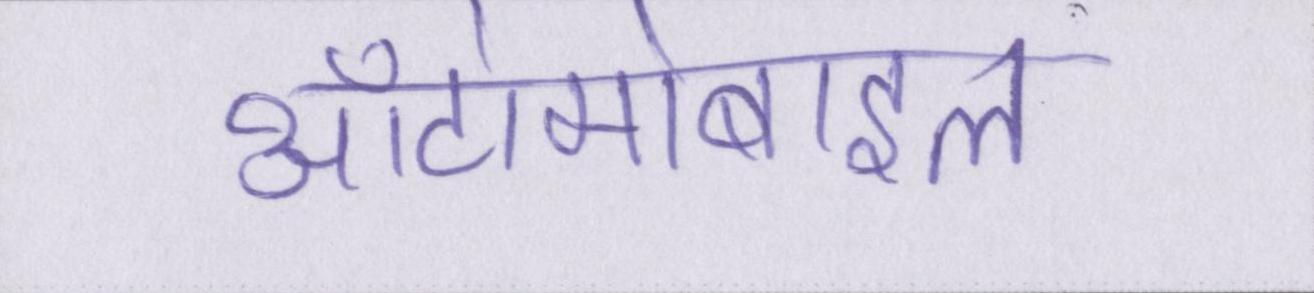
ऑटोमोबाइल